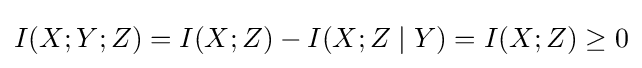
I(X;Y;Z)=I(X;Z)-I(X;Z\mid Y)=I(X;Z)\geq 0